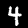
Label: 4